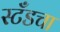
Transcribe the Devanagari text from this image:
स्टँडचा